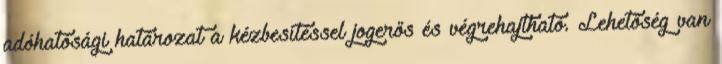
adóhatósági határozat a kézbesítéssel jogerős és végrehajtható. Lehetőség van